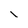
Character: 1